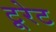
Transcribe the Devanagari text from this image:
टूरेट